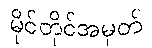
မိုင်တိုင်အမှတ်